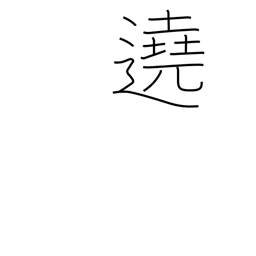
Meaning: surround